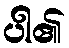
ပါ၏